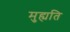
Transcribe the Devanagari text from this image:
मुह्यति